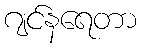
ဂျင်နရေတာ